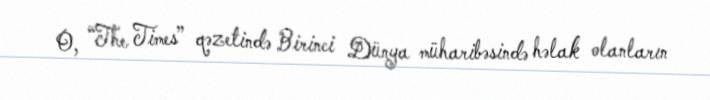
O, “The Times” qəzetində Birinci Dünya müharibəsində həlak olanların